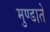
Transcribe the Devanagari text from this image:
मुण्डाते